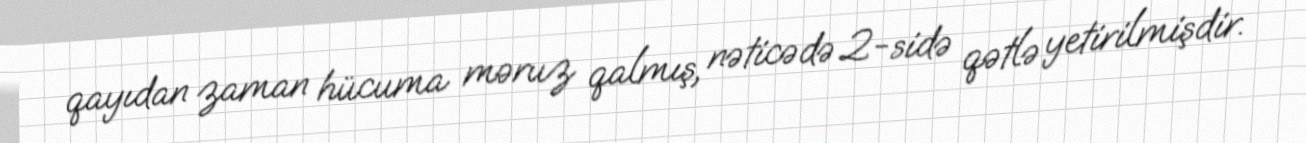
qayıdan zaman hücuma məruz qalmış, nəticədə 2-sidə qətlə yetirilmişdir.